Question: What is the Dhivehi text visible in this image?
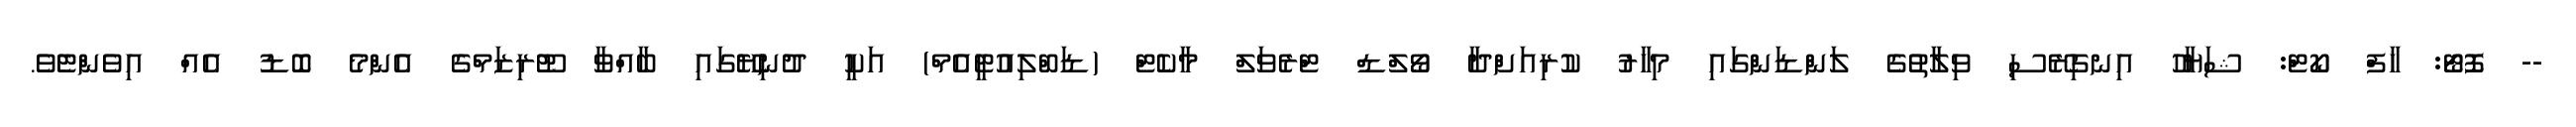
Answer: -- ފޮޓޯ: ހާފް ކޯޓް: ޝަޔާހު އިނގިރޭސި ވިލާތުގެ ލަންޑަންގައި މިހާރު ކުރިއަށްދާ ވޯލްޑް ޓްރެވަލް މާކެޓް (ޑަބްލިއުޓީއެމް) އަކީ ދުނިޔޭގައި ބާއްވާ ޓޫރިޒަމްގެ އެންމެ ބޮޑު އެއް އިވެންޓެވެ.